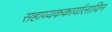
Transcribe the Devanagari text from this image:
सहाय्यककार्यालायिन